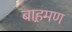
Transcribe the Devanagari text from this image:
बाह़मण